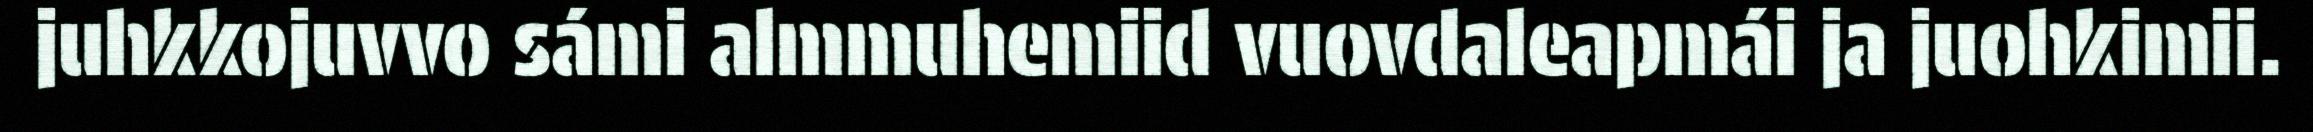
juhkkojuvvo sámi almmuhemiid vuovdaleapmái ja juohkimii.